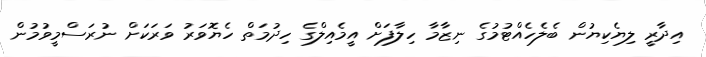
އިދާރީ ލިޔެކިޔުން ބެލެހެއްޓުމުގެ ނިޒާމާ ހިލާފަށް އީމެއިލްގެ ހިދުމަތް ހެޔޮވަރު ވަރަކަށް ނުރަސްމީވުމުން